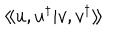
\langle \! \langle u , u ^ { \dagger } | { v } , { v } ^ { \dagger } \rangle \! \rangle